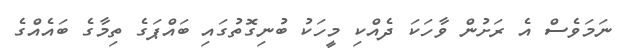
ނަމަވެސް އެ ރަށުން ވާހަކަ ދެއްކި މީހަކު ބުނިގޮތުގައި ބައްޕަގެ ތިމާގެ ބައެއްގެ